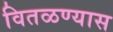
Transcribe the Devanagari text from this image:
वितळण्यास